65_HS1-834228961_62-HQ-83894_Section_10
Agency: FBI
Page 116
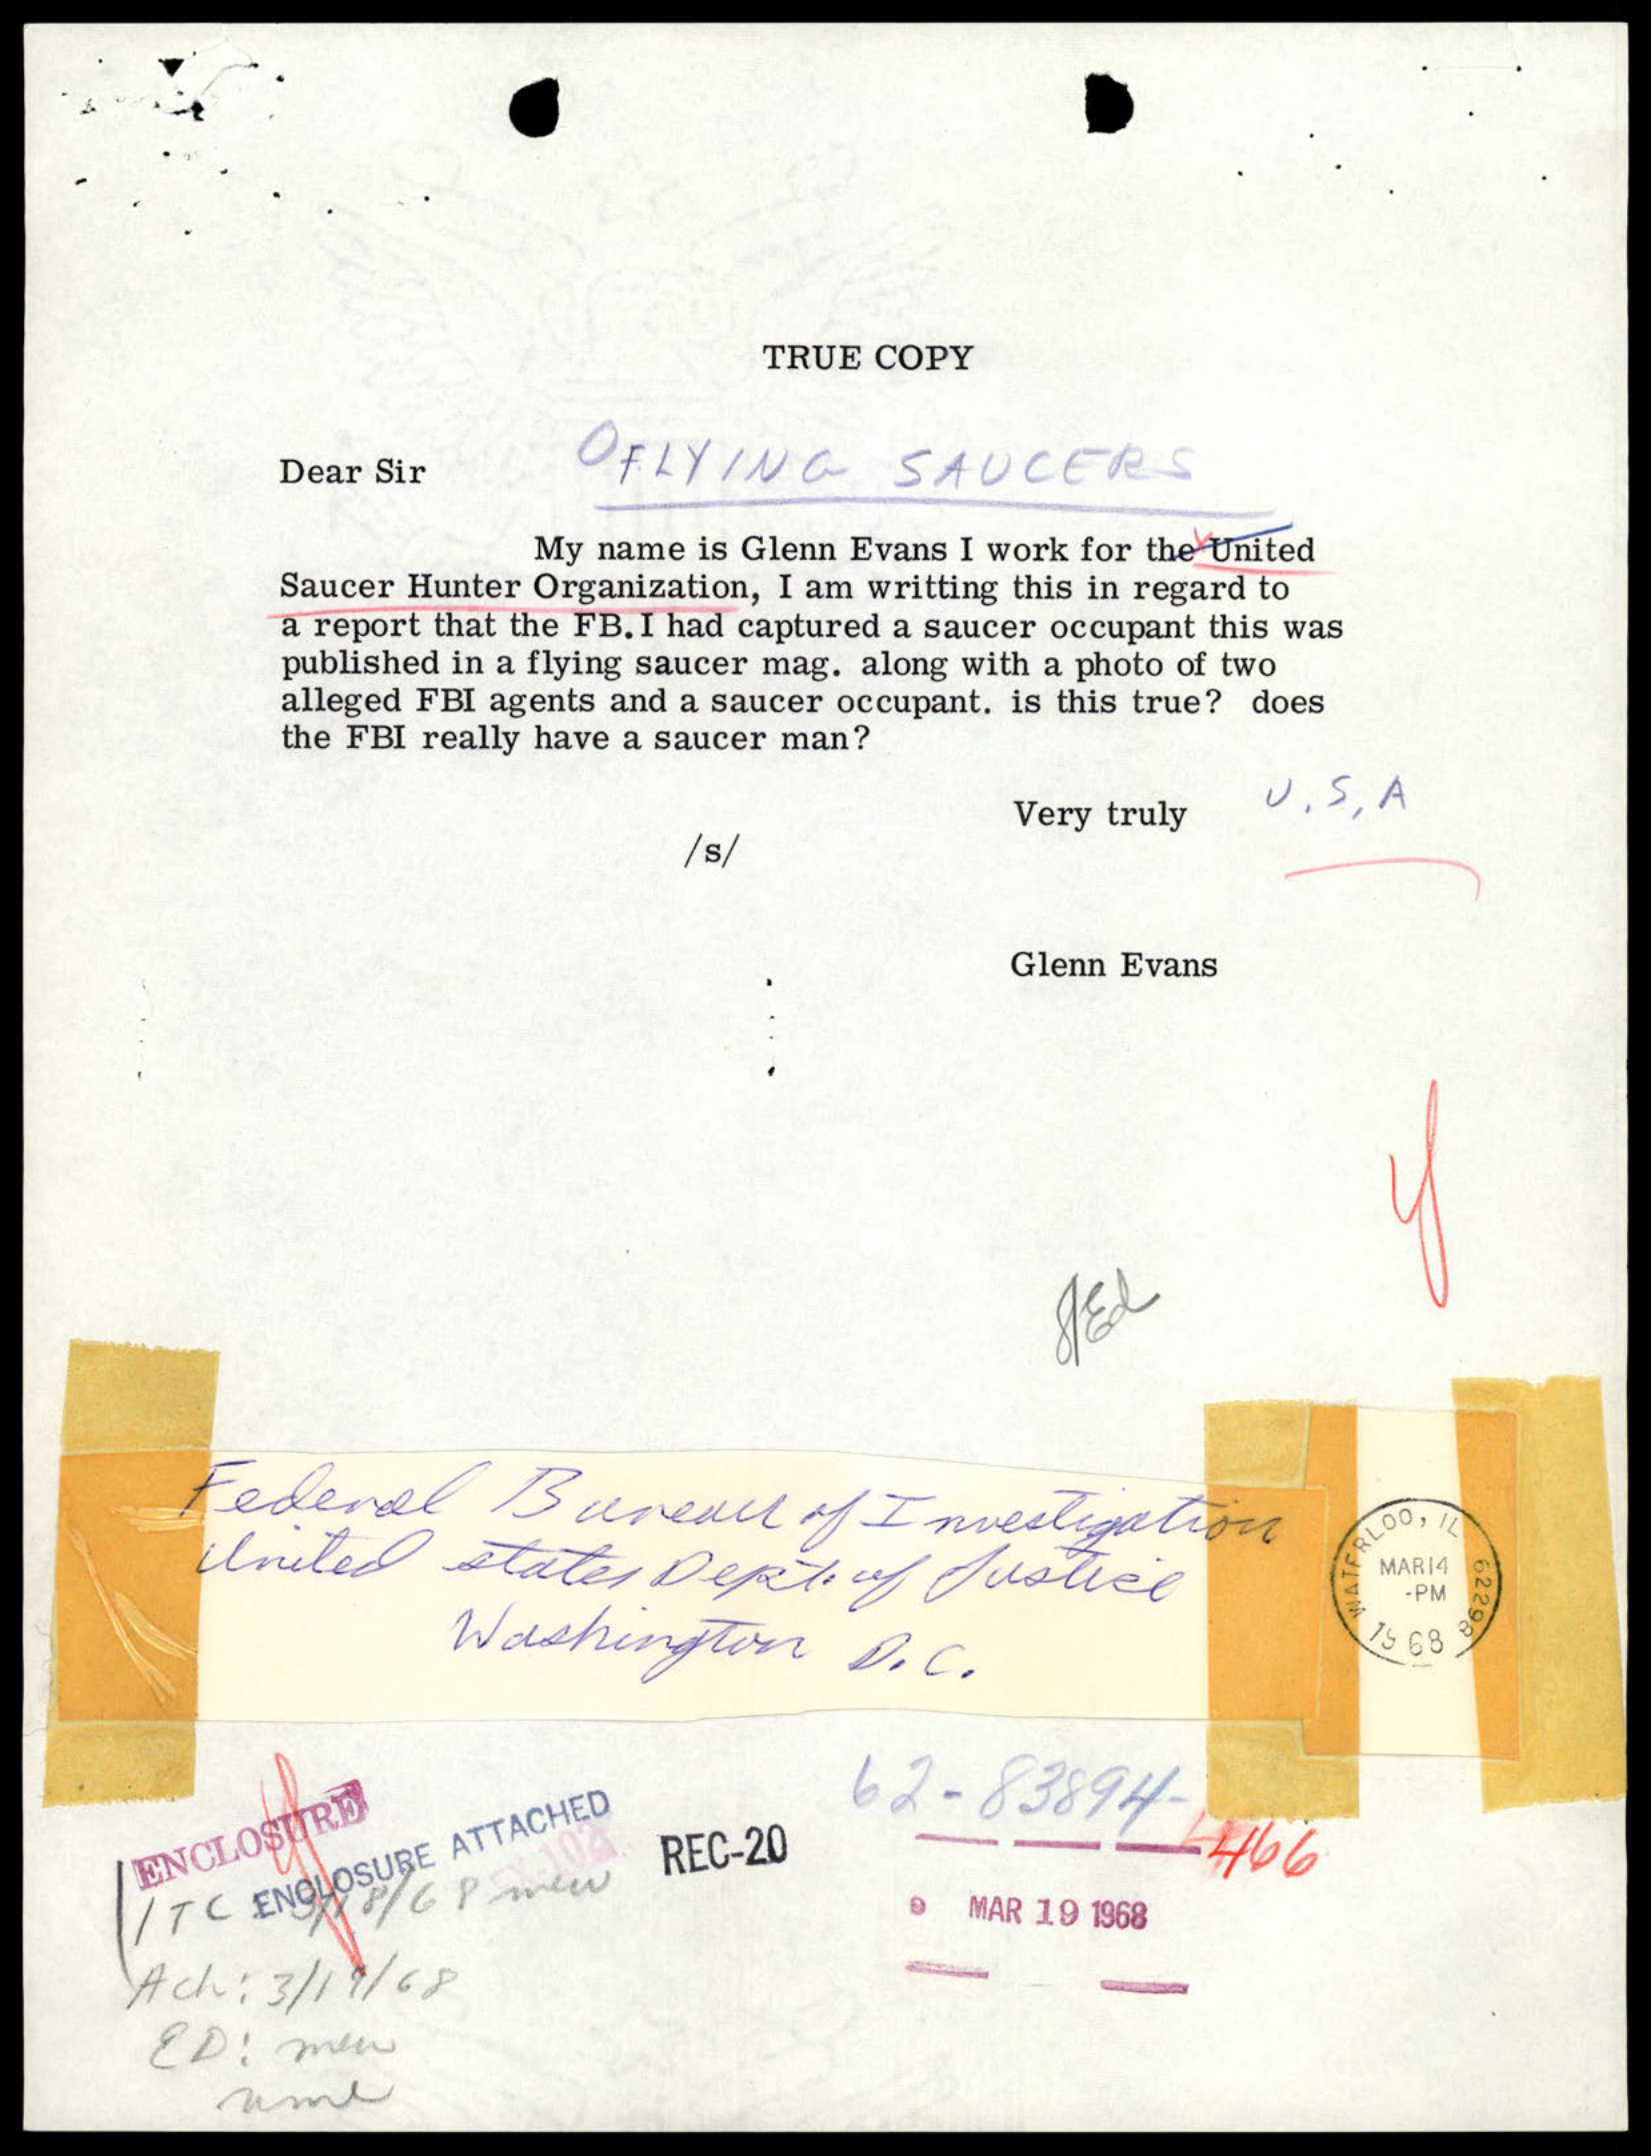